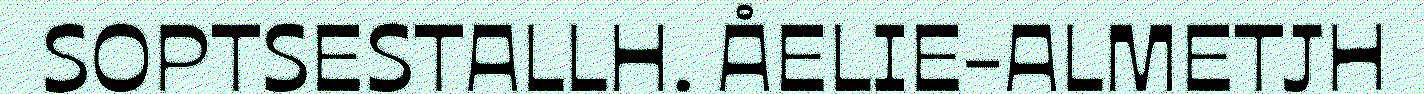
SOPTSESTALLH. ÅELIE-ALMETJH